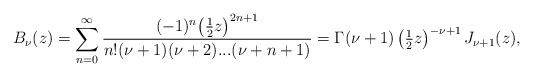
\begin{align*}B_{\nu}(z) = \sum_{n=0}^{\infty} \frac{(-1)^n \big(\tfrac12 z\big)^{2n+1}}{n!(\nu +1)(\nu +2)...(\nu+n+1)} = \Gamma(\nu +1) \left(\tfrac12 z\right)^{-\nu+1} J_{\nu+1}(z),\end{align*}